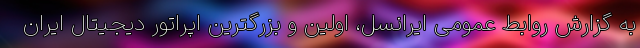
به گزارش روابط عمومی ایرانسل، اولین و بزرگترین اپراتور دیجیتال ایران